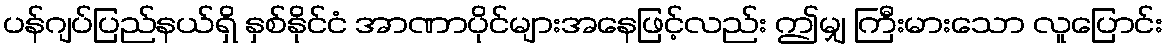
ပန်ဂျပ်ပြည်နယ်ရှိ နှစ်နိုင်ငံ အာဏာပိုင်များအနေဖြင့်လည်း ဤမျှ ကြီးမားသော လူပြောင်း